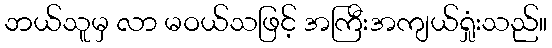
ဘယ်သူမှ လာ မဝယ်သဖြင့် အကြီးအကျယ်ရှုံးသည်။